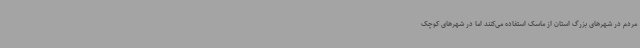
مردم در شهرهای بزرگ استان از ماسک استفاده می‌کنند اما در شهرهای کوچک